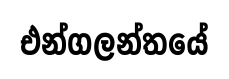
එන්ගලන්තයේ